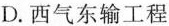
D.西气东输工程